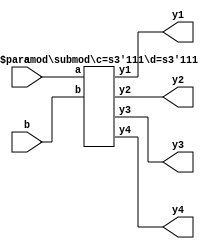

(* top *)
module hierarchy_top(a, b, y1, y2, y3, y4);
input [3:0] a;
input signed [3:0] b;
output [7:0] y1, y2, y3, y4;

// this version triggers a bug in Icarus Verilog
// submod #(-3'sd1, 3'b111 + 3'b001) foo (a, b, y1, y2, y3, y4);

// this version is handled correctly by Icarus Verilog
submod #(-3'sd1, -3'sd1) foo (a, b, y1, y2, y3, y4);

endmodule

(* gentb_skip *)
module submod(a, b, y1, y2, y3, y4);
parameter c = 0;
parameter [7:0] d = 0;
input [3:0] a, b;
output [7:0] y1, y2, y3, y4;
assign y1 = a;
assign y2 = b;
assign y3 = c;
assign y4 = d;
endmodule